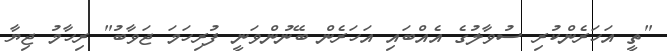
"ތީ އަހަރެންކުރި ސުވާލުގެ އެއްބައި އަހަރެން ބޭނުންވަނީ ފުރިހަމަ ޖަވާބު" ރިހާމު ޖިޔާ